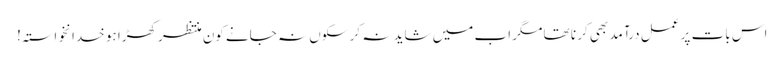
اس بات پر عمل درآمد بھی کر نا تھا مگر اب میں شاید نہ کر سکوں نہ جانے کون منتظر کھڑا ہو خدانخواستہ!